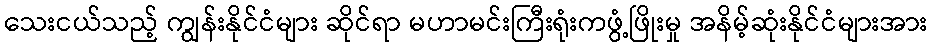
သေးငယ်သည့် ကျွန်းနိုင်ငံများ ဆိုင်ရာ မဟာမင်းကြီးရုံးကဖွံ့ဖြိုးမှု အနိမ့်ဆုံးနိုင်ငံများအား